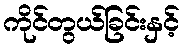
ကိုင်တွယ်ခြင်းနှင့်